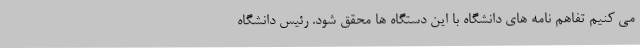
می کنیم تفاهم نامه های دانشگاه با این دستگاه ها محقق شود. رئیس دانشگاه